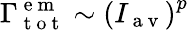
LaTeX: \Gamma_{\mathrm{~t~o~t~}}^{\mathrm{~e~m~}}\sim\left(I_{\mathrm{~a~v~}}\right)^{p}